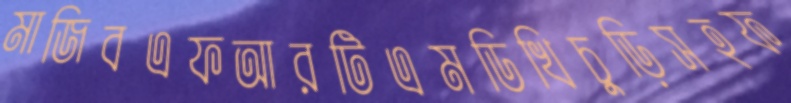
মাজিবএফআরটিএমডিখিচুড়িসহফ